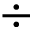
\div